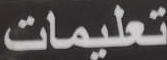
تعليمات